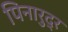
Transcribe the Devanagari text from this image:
पिनारुद्र